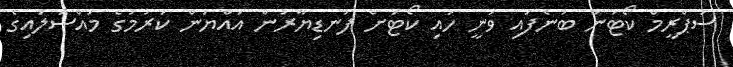
ސުޕްރީމް ކޯޓުން ބުނެފައި ވަނީ ހައި ކޯޓަށް ފަނޑިޔާރުން އައްޔަން ކުރުމުގެ މައްސަލައިގެ